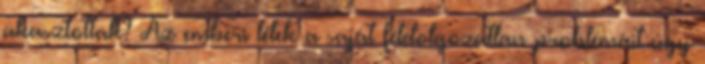
akasztottak? Az emberi lélek a saját feldolgozatlan problémáit úgy